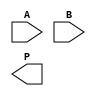
module vedic_multiplier #(parameter N = 4) (
    input wire [N-1:0] A,  // Multiplicand
    input wire [N-1:0] B,  // Multiplier
    output wire [2*N-1:0] P // Product
);

// Partial Products
wire [N-1:0] PP [N-1:0]; // Partial products array

// Generate Partial Products
genvar i;
generate
    for (i = 0; i < N; i = i + 1) begin: partial_products
        assign PP[i] = A & {N{B[i]}}; // AND A with each bit of B
    end
endgenerate

// Sum Partial Products
wire [2*N-1:0] sum1, sum2, sum3, sum4;

// Initial addition using Half Adders and Full Adders
assign sum1 = {PP[1], 1'b0} + {PP[2], 2'b00} + {PP[3], 3'b000} + {PP[4], 4'b0000};

// Second stage of addition
assign sum2 = {PP[0], 1'b0} + sum1;

// Assign final product
assign P = sum2;

endmodule